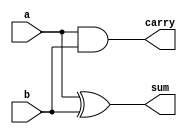
`timescale 1ns / 1ps
//////////////////////////////////////////////////////////////////////////////////
// Company: 
// Engineer: 
// 
// Design Name: 
// Module Name:    halfadddata 
// Project Name: 
// Target Devices: 
// Tool versions: 
// Description: 
//
// Dependencies: 
//
// Revision: 
// Revision 0.01 - File Created
// Additional Comments: 
//
//////////////////////////////////////////////////////////////////////////////////
module halfadddata(
    input a,
    input b,
    output sum,
    output carry
    );
	 
	 assign sum=a^b;
	 assign carry=a&b;


endmodule